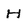
Character: H